Oru_vallavalitsus, lk 11
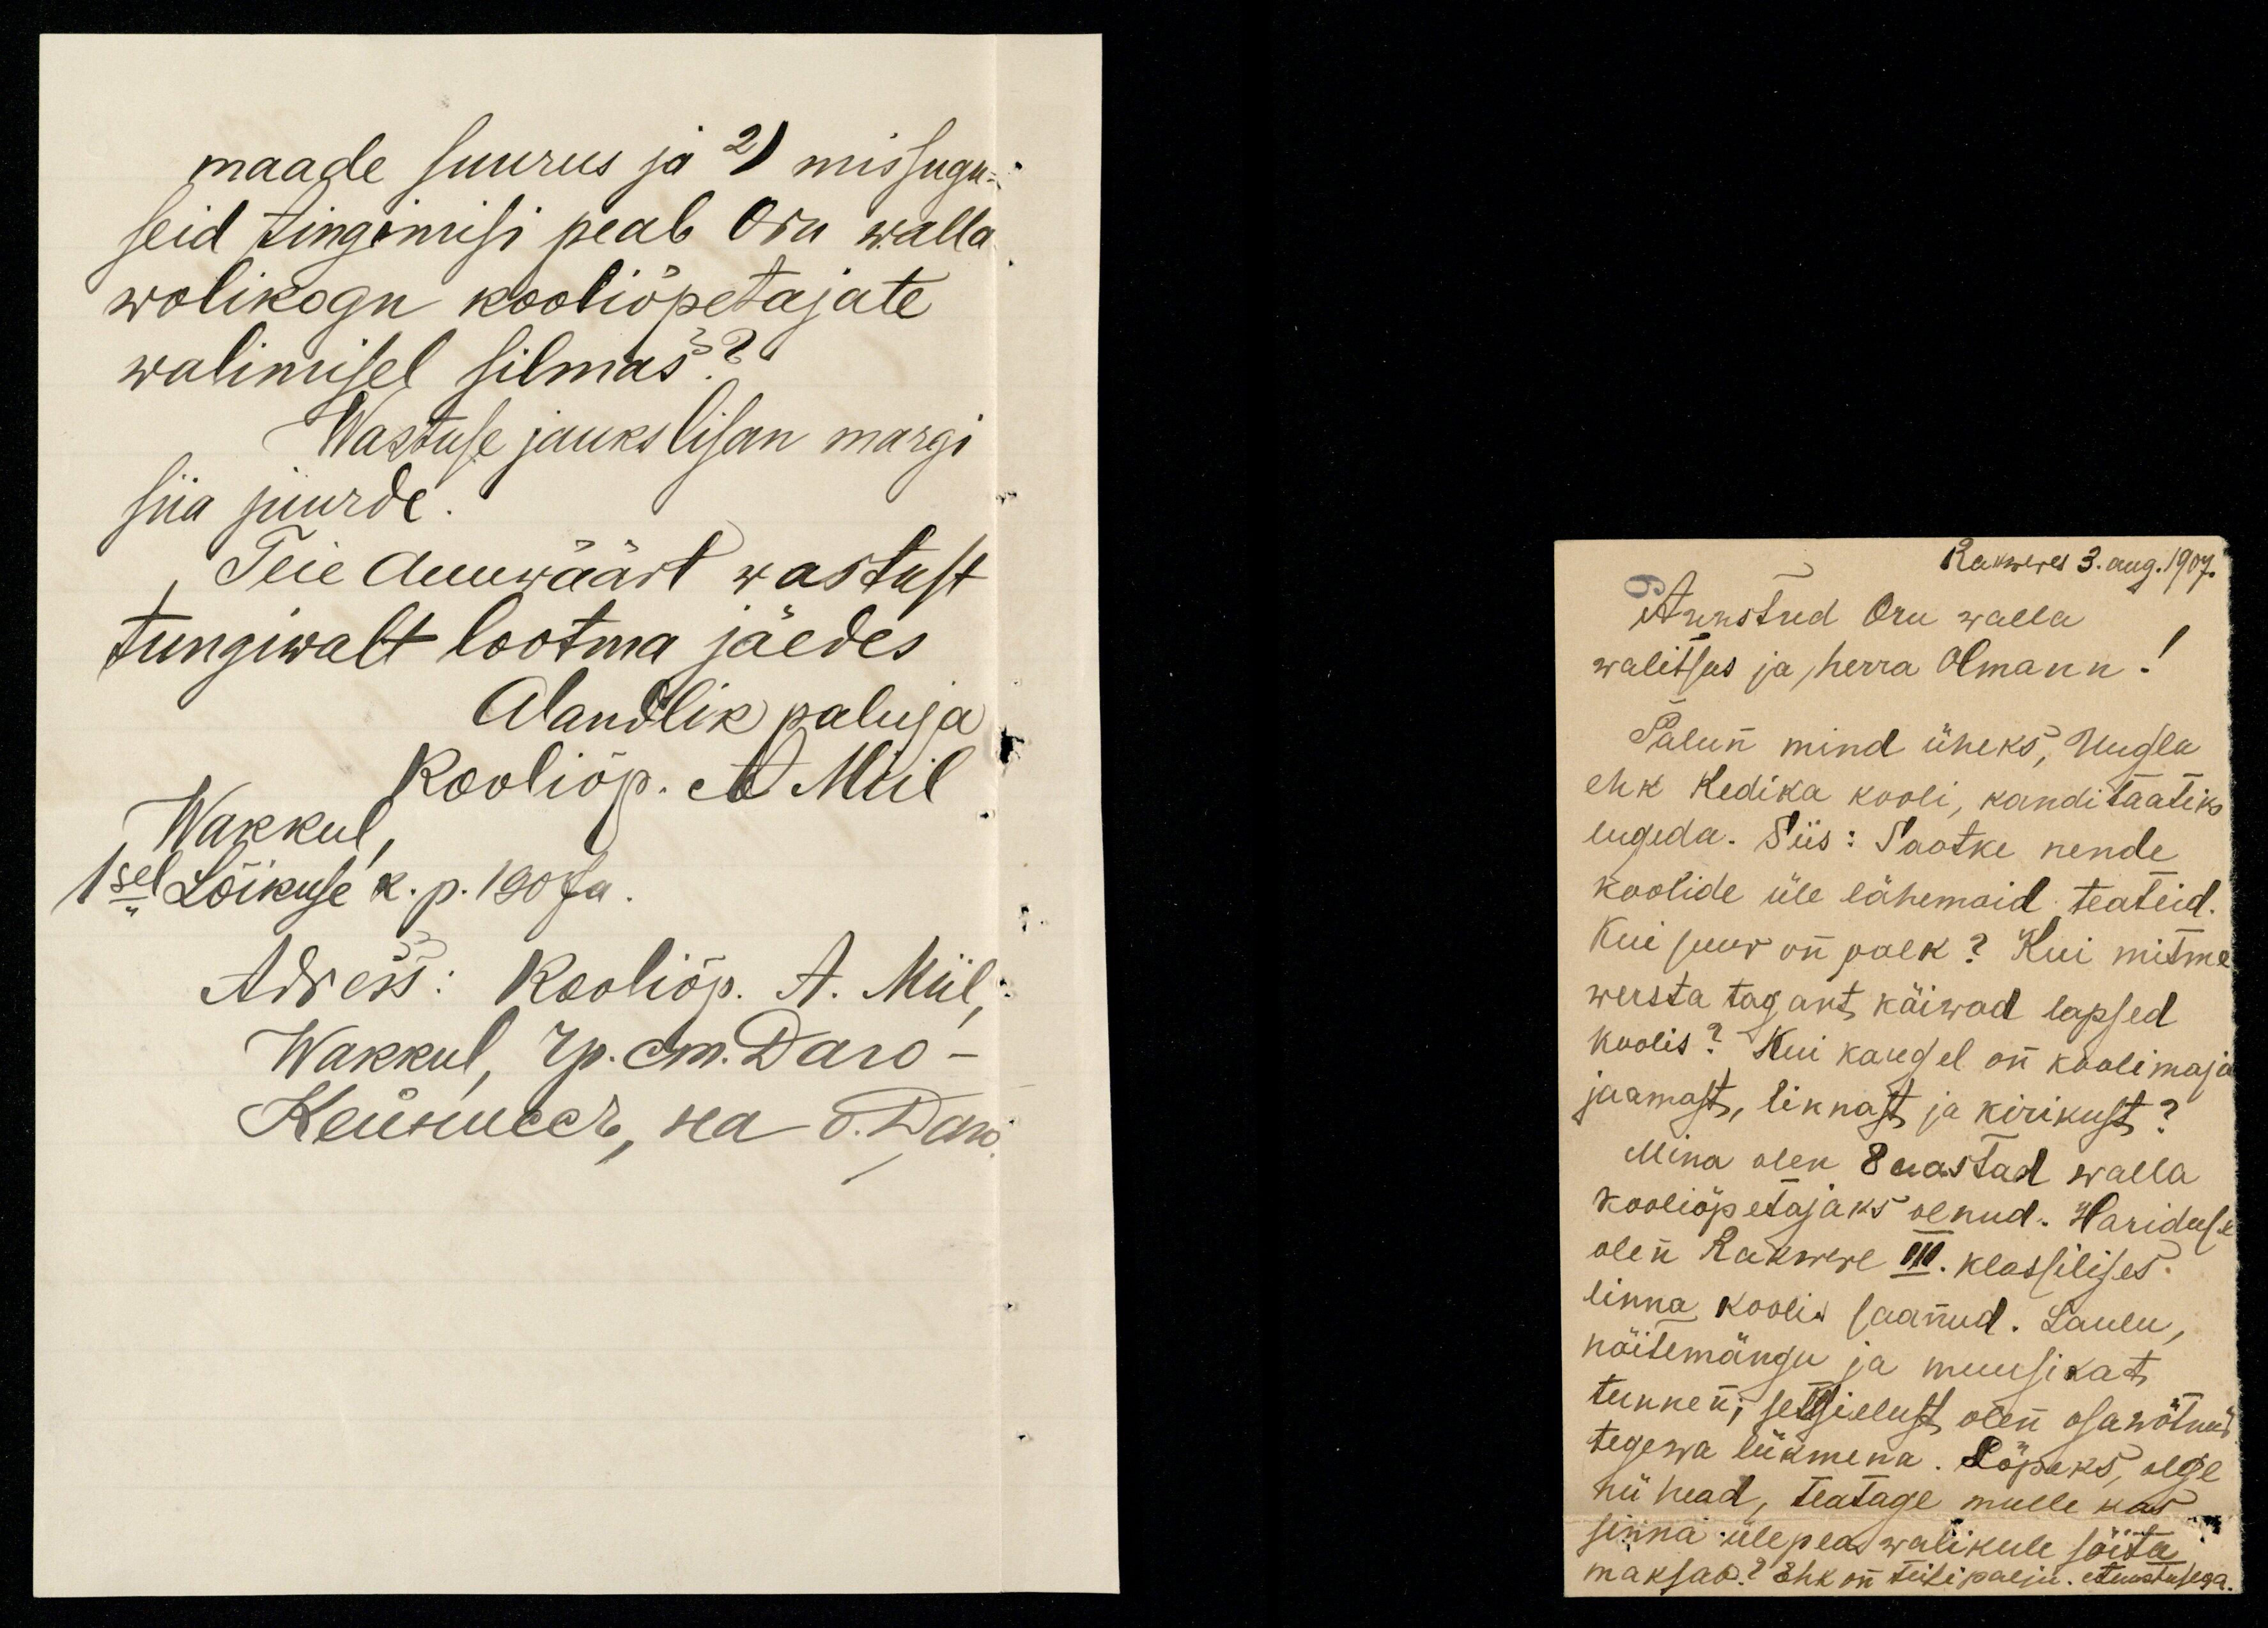
maade suurus ja 2) missugu-
seid tingimisi peab Oru walla
wolikogu kooliõpetajate
walimisel silmas?
Wastuse jauks lisan margi
siia juurde.
Teie Auuwäärt wastust
tungiwalt lootma jäedes
Alandlik paluja
Kooliõp. A. Miil
Wakkul,
1sel Lõikuse k. p. 1907 a.
Adress: Kooliõp. A. Miil,
Wakkul, Ap. Em. Daro.
Heinneer, ka A. Wans-

Rakweres 3. aug. 1907.
Auustud Oru walla
walitsus ja herra Olmann!
Palun mind üheks, Uugla
ehk Kedika kooli, kanditaatiks
lugeda. Siis: Saatke nende
koolide üle lähemaid teateid.
Kui suur on palk? Kui mitme
wersta tagant käiwad lapsed
koolis? Kui kaugel on koolimaja
jaamast, linnast ja kirikust?
Mina olen 8 aastad walla
kooliõpetajaks olnud. Hariduse
olen Rakwere III. klassilises
linna koolis saanud. Laulu,
näitemängu ja muusikat
tunnen; seltsielust olen osa wõtnud
tegewa liikmena. Lõpeks, olge
nii head, teatage mulle kas
sinna ülepea walikule sõita
maksab? Ehk on teisi palju. Auustusega.